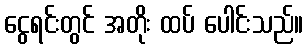
ငွေရင်းတွင် အတိုး ထပ် ပေါင်းသည်။